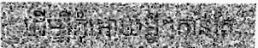
ដើម្បីកុំអោយអ្វីៗកាន់តែ